Virumaa_algkoolid, lk 20
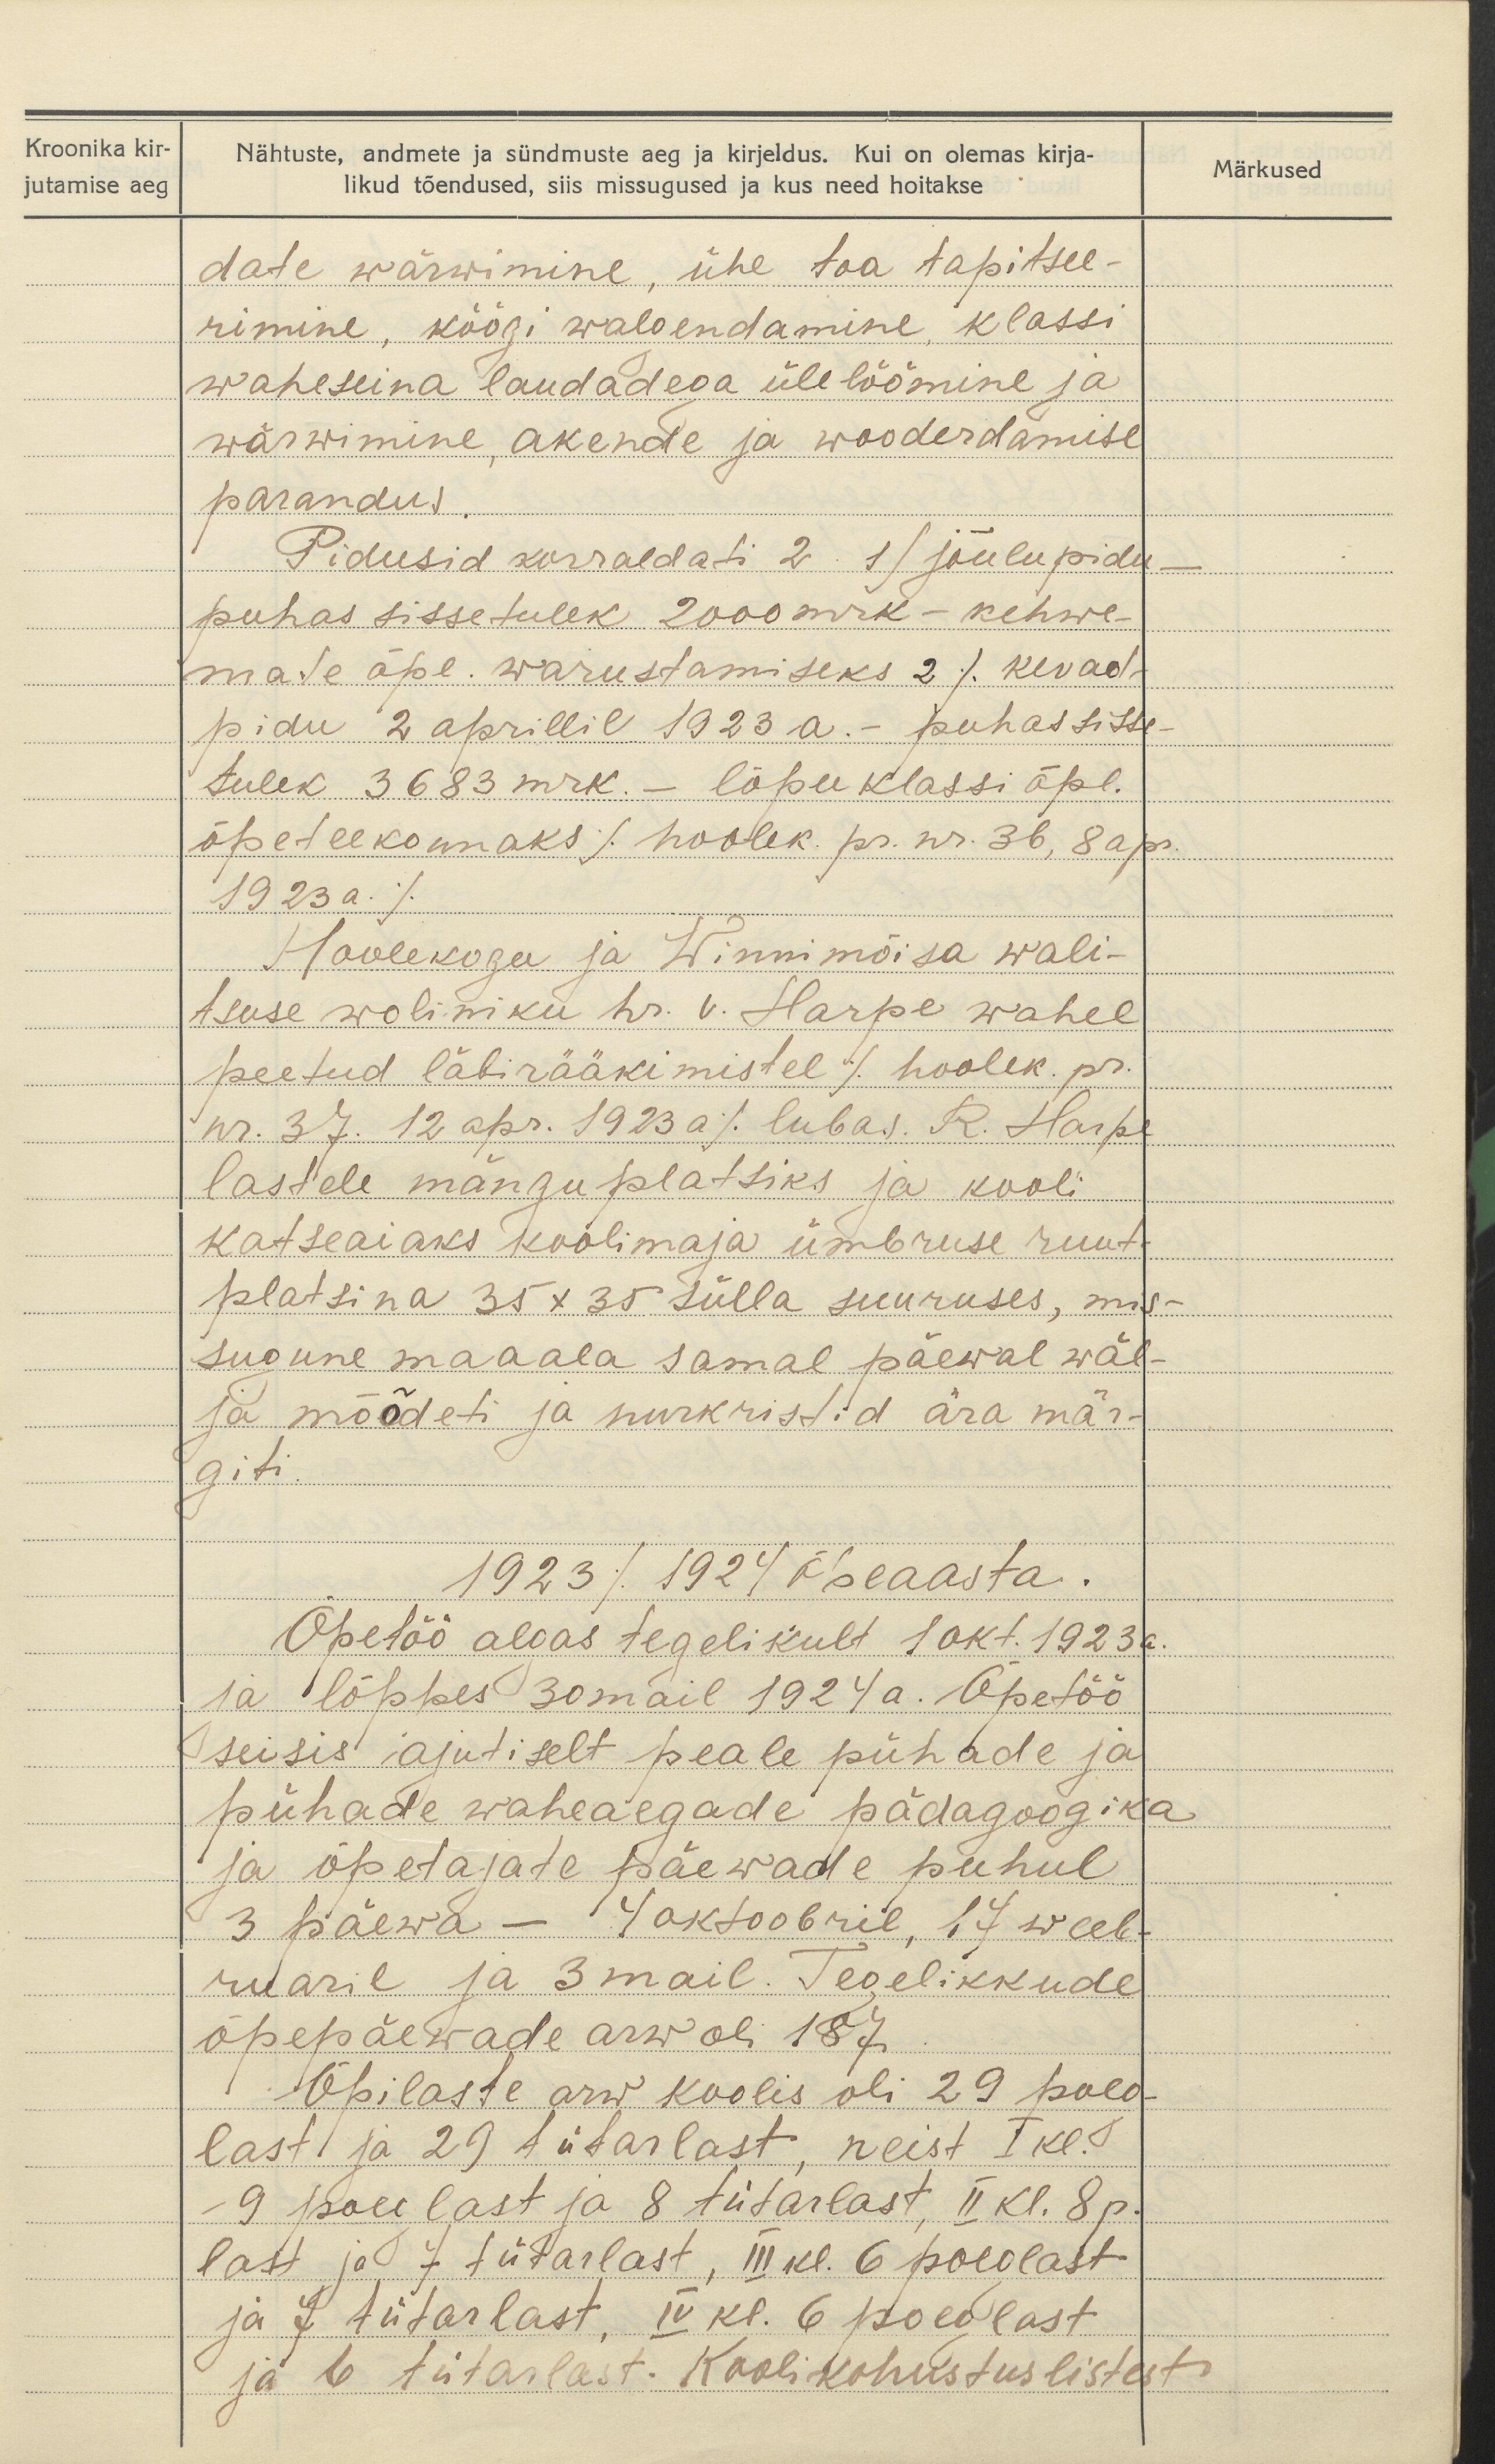
Kroonika kir-
jutamise aeg

Nähtuste, andmete ja sündmuste aeg ja kirjeldus. Kui on olemas kirja-
likud tõendused, siis missugused ja kus need hoitakse

Märkused

date wärwimine, ühe toa tapitsee-
rimine, köögi walgendamine, klassi
waheseina laudadega üle löömine ja
wärwimine, akende ja wooderdamise
parandus.
Pidusid korraldati 2. 1) jõulupidu-
puhas sissetulek 2000 mrk - kehwe-
mate õpe. warustamiseks 2) kevad
pidu 2 aprillil 1923 a. - puhas sisse
tulek 3683 mrk.- lõpu klassi õpl.
õpeteekonnaks /hoolek. pr. nr. 36, 8 apr.
1923 a./
Hoolekogu ja Winni mõisa wali-
tsuse woliniku hr. V. Harpe wahel
peetud läbirääkimistel /hoolek. pr.
nr. 37. 12 apr. 1923 a./ lubas. R. Harpe
lastele mänguplatsiks ja kooli
katseaiaks koolimaja ümbruse ruut-
platsina 35x 35 sülla suuruses, mis-
sugune maaala samal päewal wäl-
ja mõõdeti ja nurkristid ära mär-
giti.
1923/1924 õpeaasta.
Õpetöö algas tegelikult 1 okt. 1923 a.
ja lõppes 30 mail 1924 a. Õpetöö
seisis ajutiselt peale pühade ja
pühade waheaegade pädagoogika
ja õpetajate päewade puhul
3 päewa - 4 oktoobril, 17 weeb-
ruaril ja 3 mail. Tegelikkude
õpepäewade arw oli 187.
Õpilaste arw koolis oli 29 poeg
last ja 29 tütarlast, neist I kl.
9 poeglast ja 8 tütarlast, II kl. 8 p.
last ja 7 tütarlast, III kl. 6 poeglast
ja 7 tütarlast, IV kr. 6 poeglast
ja 6 tütarlast. Kooli kohustuslistest